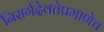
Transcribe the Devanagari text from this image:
निसर्गदेवतेप्रमाणेच